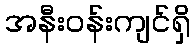
အနီးဝန်းကျင်ရှိ